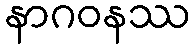
နာဂဝနဿ